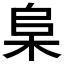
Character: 𬂫